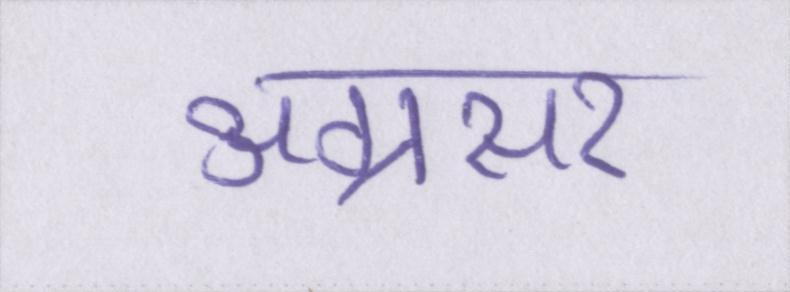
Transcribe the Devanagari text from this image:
अग्रसर